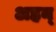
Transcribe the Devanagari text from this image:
अहन्